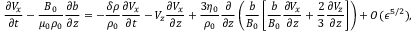
\frac { \partial V _ { x } } { \partial t } - \frac { B _ { 0 } } { \mu _ { 0 } \rho _ { 0 } } \frac { \partial b } { \partial z } = - \frac { \delta \rho } { \rho _ { 0 } } \frac { \partial V _ { x } } { \partial t } - V _ { z } \frac { \partial V _ { x } } { \partial z } + \frac { 3 \eta _ { 0 } } { \rho _ { 0 } } \frac { \partial } { \partial z } \left( \frac { b } { B _ { 0 } } \left[ \frac { b } { B _ { 0 } } \frac { \partial V _ { x } } { \partial z } + \frac { 2 } { 3 } \frac { \partial V _ { z } } { \partial z } \right] \right) + O ( \epsilon ^ { 5 / 2 } ) ,